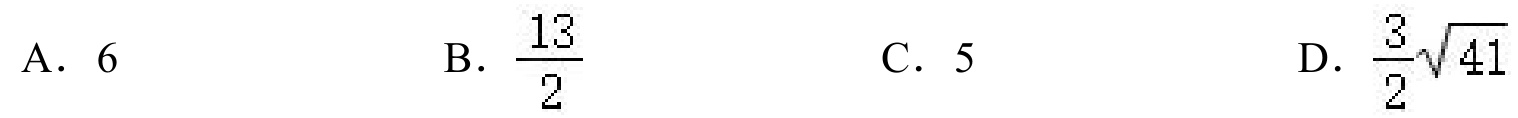
A. \(6\)  B. \(\dfrac{13}{2}\)  C. \(5\)  D. \(\dfrac{3}{2}\sqrt{41}\)